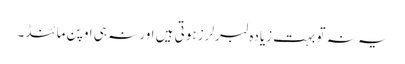
یہ نہ تو بہت زیادہ لبرلرز ہوتی ہیں اور نہ ہی اوپن مائنڈ ۔